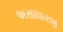
અસાધારણ